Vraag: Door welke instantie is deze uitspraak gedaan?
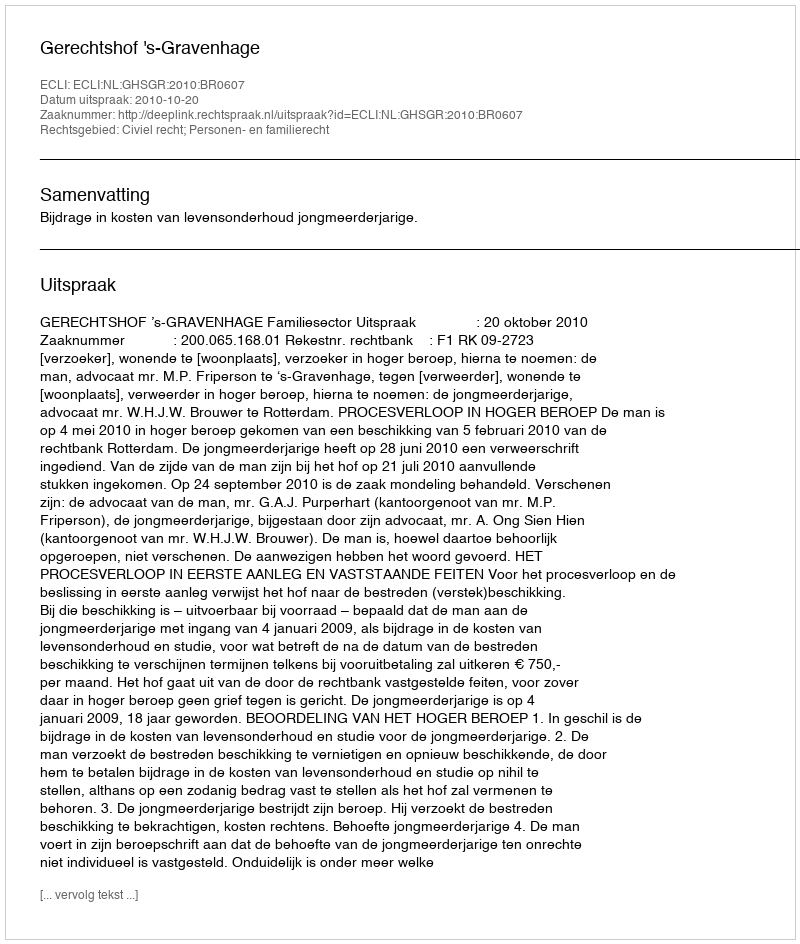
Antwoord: Gerechtshof 's-Gravenhage